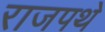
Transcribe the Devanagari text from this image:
राजपथे